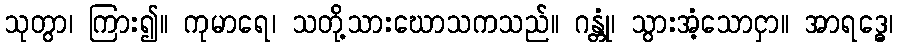
သုတွာ၊ ကြား၍။ ကုမာရေ၊ သတို့သားဃောသကသည်။ ဂန္တုံ၊ သွားအံ့သောငှာ။ အာရဒ္ဓေ၊